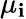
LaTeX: \mu_{\mathbf{i}}